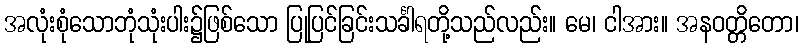
အလုံးစုံသောဘုံသုံးပါး၌ဖြစ်သော ပြုပြင်ခြင်းသင်္ခါရတို့သည်လည်း။ မေ၊ ငါအား။ အနဝတ္တိတော၊